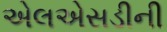
એલએસડીની